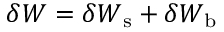
\delta W = \delta W _ { \mathrm { s } } + \delta W _ { \mathrm { b } }